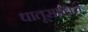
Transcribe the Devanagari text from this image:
धातूसाधित